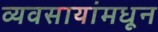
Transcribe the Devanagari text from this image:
व्यवसायांमधून